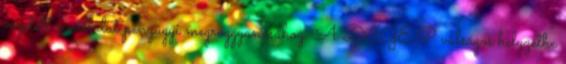
vezetett a vállalat pénzügyi megroggyanásához. A DIGÉP válságos helyzetbe